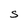
Character: S